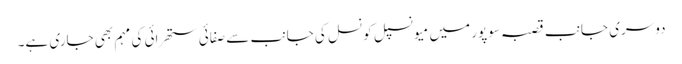
دوسری جانب قصبہ سوپور میں میو نسپل کونسل کی جانب سے صفائی ستھرائی کی مہم بھی جاری ہے۔